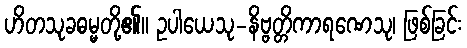
ဟိတသုခဓမ္မတို့၏။ ဥပါယေသု-နိဗ္ဗတ္တိကာရဏေသု၊ ဖြစ်ခြင်း